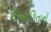
ઉપયોગિતાનો